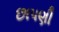
છાપણી